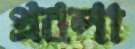
প্রবলা